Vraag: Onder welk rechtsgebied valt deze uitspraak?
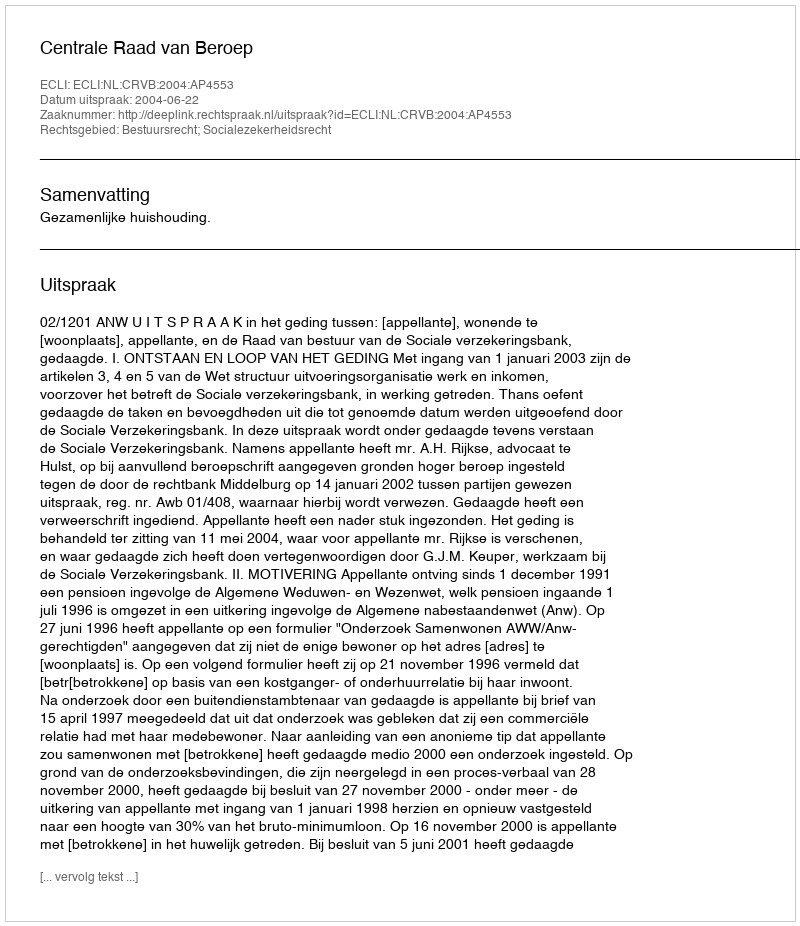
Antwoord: Bestuursrecht; Socialezekerheidsrecht